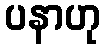
ပနာဟု